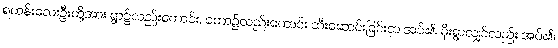
ရဟန်းလေးဦးတို့အား ရွာ၌လည်းကောင်း, တော၌လည်းကောင်း ထီးဆောင်းခြင်းငှာ အပ်၏၊ မိုးရွာလျှင်လည်း အပ်၏၊